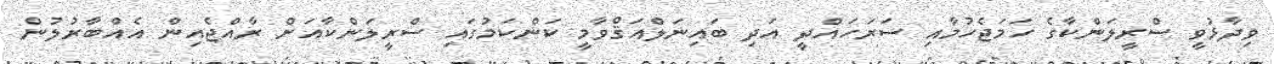
ވިދާޅުވީ ސްރީލަންކާގެ ހަމަޖެހުމާއި ސަރަހައްދީ އަދި ބައިނަލްއަޤްވާމީ ކަންކަމުގައި ސްރީލަންކާއަށް ރާއްޖެއިން އެއްބާރުލުން